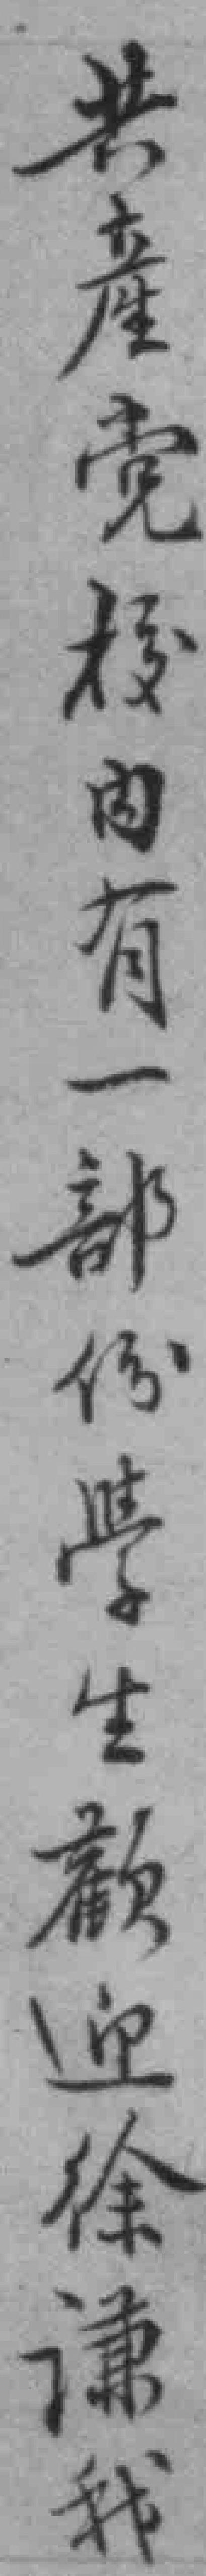
共產党校内有一部份學生歡迎徐谦我